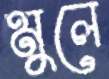
মুলে